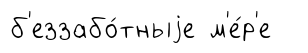
б'еззабо́тныjе м'е́р'е